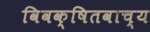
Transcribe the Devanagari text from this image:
विवक्षितवाच्य